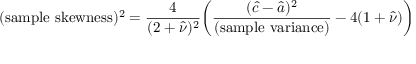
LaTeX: ( { \mathrm { s a m p l e ~ s k e w n e s s } } ) ^ { 2 } = { \frac { 4 } { ( 2 + { \hat { \nu } } ) ^ { 2 } } } { \bigg ( } { \frac { ( { \hat { c } } - { \hat { a } } ) ^ { 2 } } { \mathrm { ( s a m p l e ~ v a r i a n c e ) } } } - 4 ( 1 + { \hat { \nu } } ) { \bigg ) }